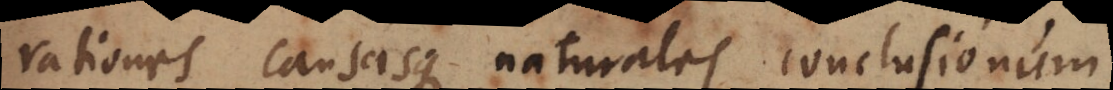
rationes causasque naturales conclusionum